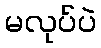
မလုပ်ပဲ